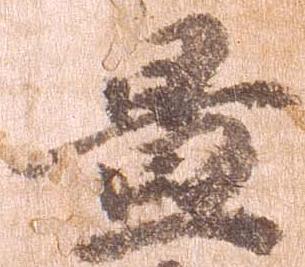
置